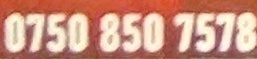
750 850 7578